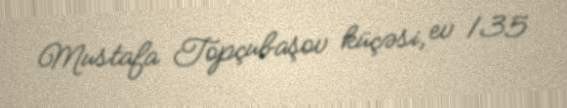
Mustafa Topçubaşov küçəsi, ev 135